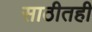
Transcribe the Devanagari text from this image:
साठीतही